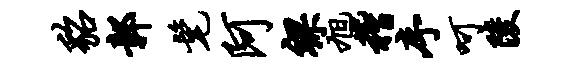
貂鄣髦阿裸旭稽序呵陵